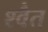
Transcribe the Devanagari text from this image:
श्वैत